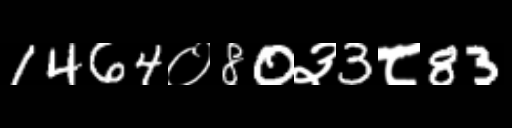
Text: 1464०80३3८83